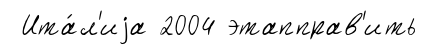
Ита́л'иjа 2004 этапправ'ить